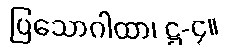
ပြသောဂါထာ၊ ဋ္ဌ-၄။